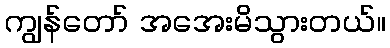
ကျွန်တော် အအေးမိသွားတယ်။